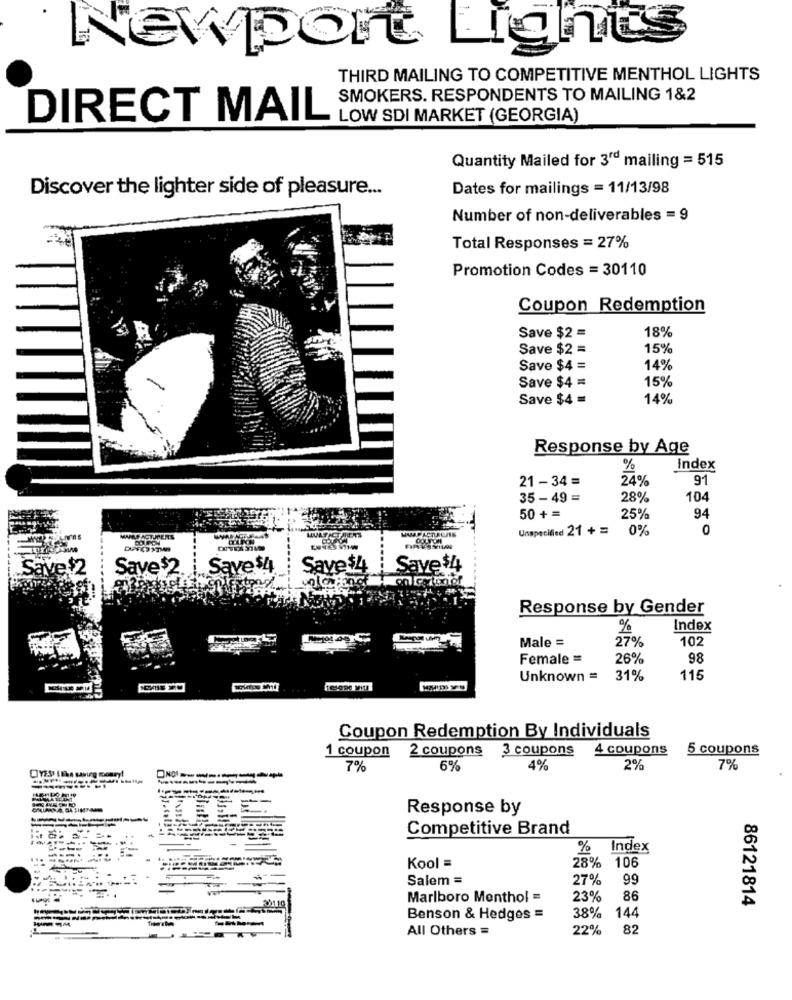
Lights
NEWport
THIRD MAILING TO COMPETITIVE MENTHOL LIGHTS
SMOKERS. RESPONDENTS TO MAILING 1&2
DIRECT MAIL
LOW SDI MARKET (GEORGIA)
Quantity Mailed for 3rd mailing = 515
Discover the lighter side of pleasure ...
Dates for mailings = 11/13/98
Number of non-deliverables = 9
Total Responses = 27%
Promotion Codes = 30110
Coupon Redemption
18%
Save $2 =
Save $2 =
15%
Save $4 =
14%
Save $4 =
15%
Save $4 =
14%
Response by Age
%
Index
21 - 34 =
24%
91
35 - 49 =
28%
104
50 +=
25%
94
Unspecified 21 +=
0%
0
Save$2.
Save $4
Save$4
Save $4
on corton of
Response by Gender
%
Index
Male =
27%
102
Female =
26%
98
Unknown =
31%
115
Coupon Redemption By Individuals
1 coupon
2 coupons
3 coupons
4 coupons
5 coupons
7%
6%
4%
2%
7%
----------
---------
Response by
Competitive Brand
% Index
28% 106
Kool =
Salem =
27%
99
Marlboro Menthol =
23%
86
86121814
Benson & Hedges =
38%
144
All Others =
22%
82